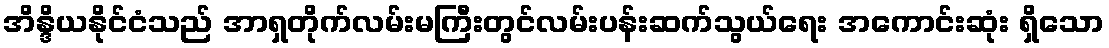
အိန္ဒိယနိုင်ငံသည် အာရှတိုက်လမ်းမကြီးတွင်လမ်းပန်းဆက်သွယ်ရေး အကောင်းဆုံး ရှိသော